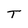
Character: T